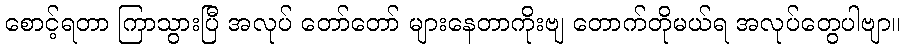
စောင့်ရတာ ကြာသွားပြီ အလုပ် တော်တော် များနေတာကိုးဗျ တောက်တိုမယ်ရ အလုပ်တွေပါဗျာ။